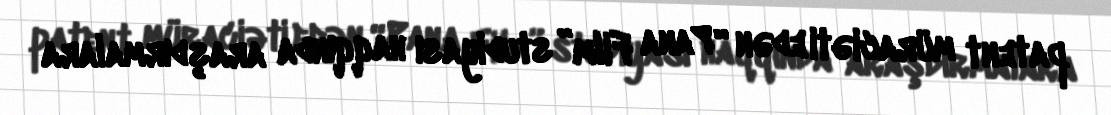
patent müraciəti edən “Pana Film” studiyası haqqında araşdırmalara